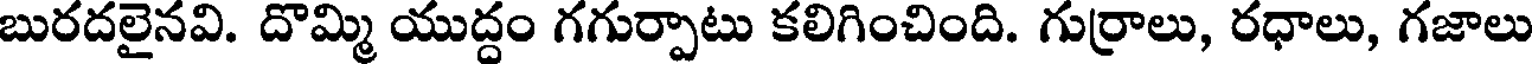
బురదలైనవి. దొమ్మి యుద్దం గగుర్పాటు కలిగించింది. గుర్రాలు, రధాలు, గజాలు